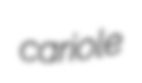
cariole